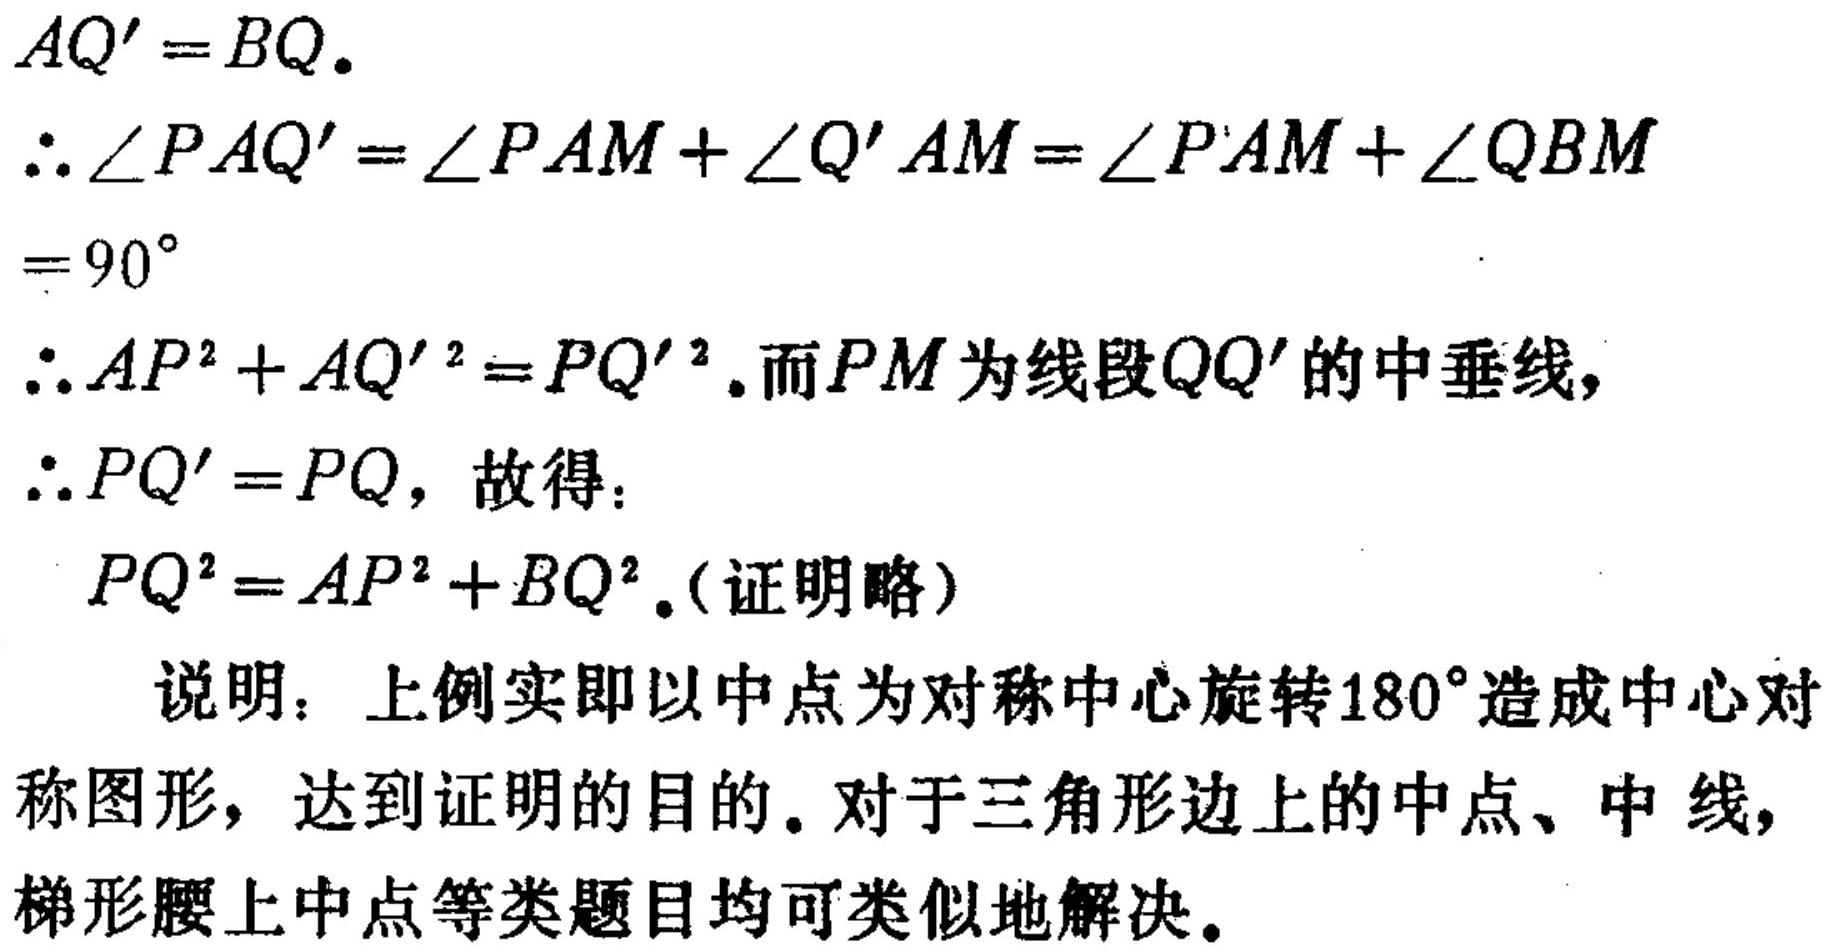
$AQ' = BQ.$
$\therefore \angle PAQ' = \angle PAM+\angle Q'AM=\angle PAM+\angle QBM$
$= 90^{\circ}$
$\therefore AP^{2}+AQ'^{2}=PQ'^{2}.$而$PM$为线段$QQ'$的中垂线,
$\therefore PQ' = PQ,$ 故得:
$PQ^{2}=AP^{2}+BQ^{2}.$(证明略)
说明: 上例实即以中点为对称中心旋转$180^{\circ}$造成中心对称图形, 达到证明的目的. 对于三角形边上的中点、中线, 梯形腰上中点等类题目均可类似地解决.